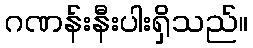
ဂဏန်းနီးပါးရှိသည်။